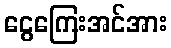
ငွေကြေးအင်အား